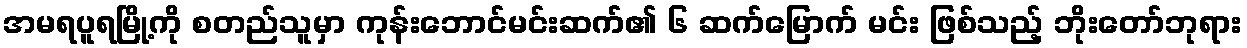
အမရပူရမြို့ကို စတည်သူမှာ ကုန်းဘောင်မင်းဆက်၏ ၆ ဆက်မြောက် မင်း ဖြစ်သည့် ဘိုးတော်ဘုရား